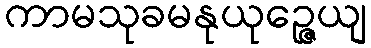
ကာမသုခမနုယုဉ္ဇေယျ